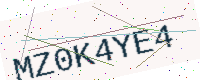
Text: MZ0K4YE4